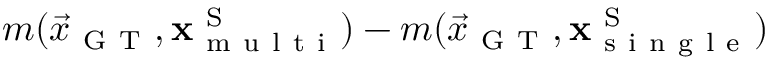
m ( \vec { x } _ { \mathrm { ~ G ~ T ~ } } , \mathbf { x } _ { \mathrm { ~ m ~ u ~ l ~ t ~ i ~ } } ^ { \mathrm { ~ S ~ } } ) - m ( \vec { x } _ { \mathrm { ~ G ~ T ~ } } , \mathbf { x } _ { \mathrm { ~ s ~ i ~ n ~ g ~ l ~ e ~ } } ^ { \mathrm { ~ S ~ } } )